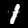
Digit: 1